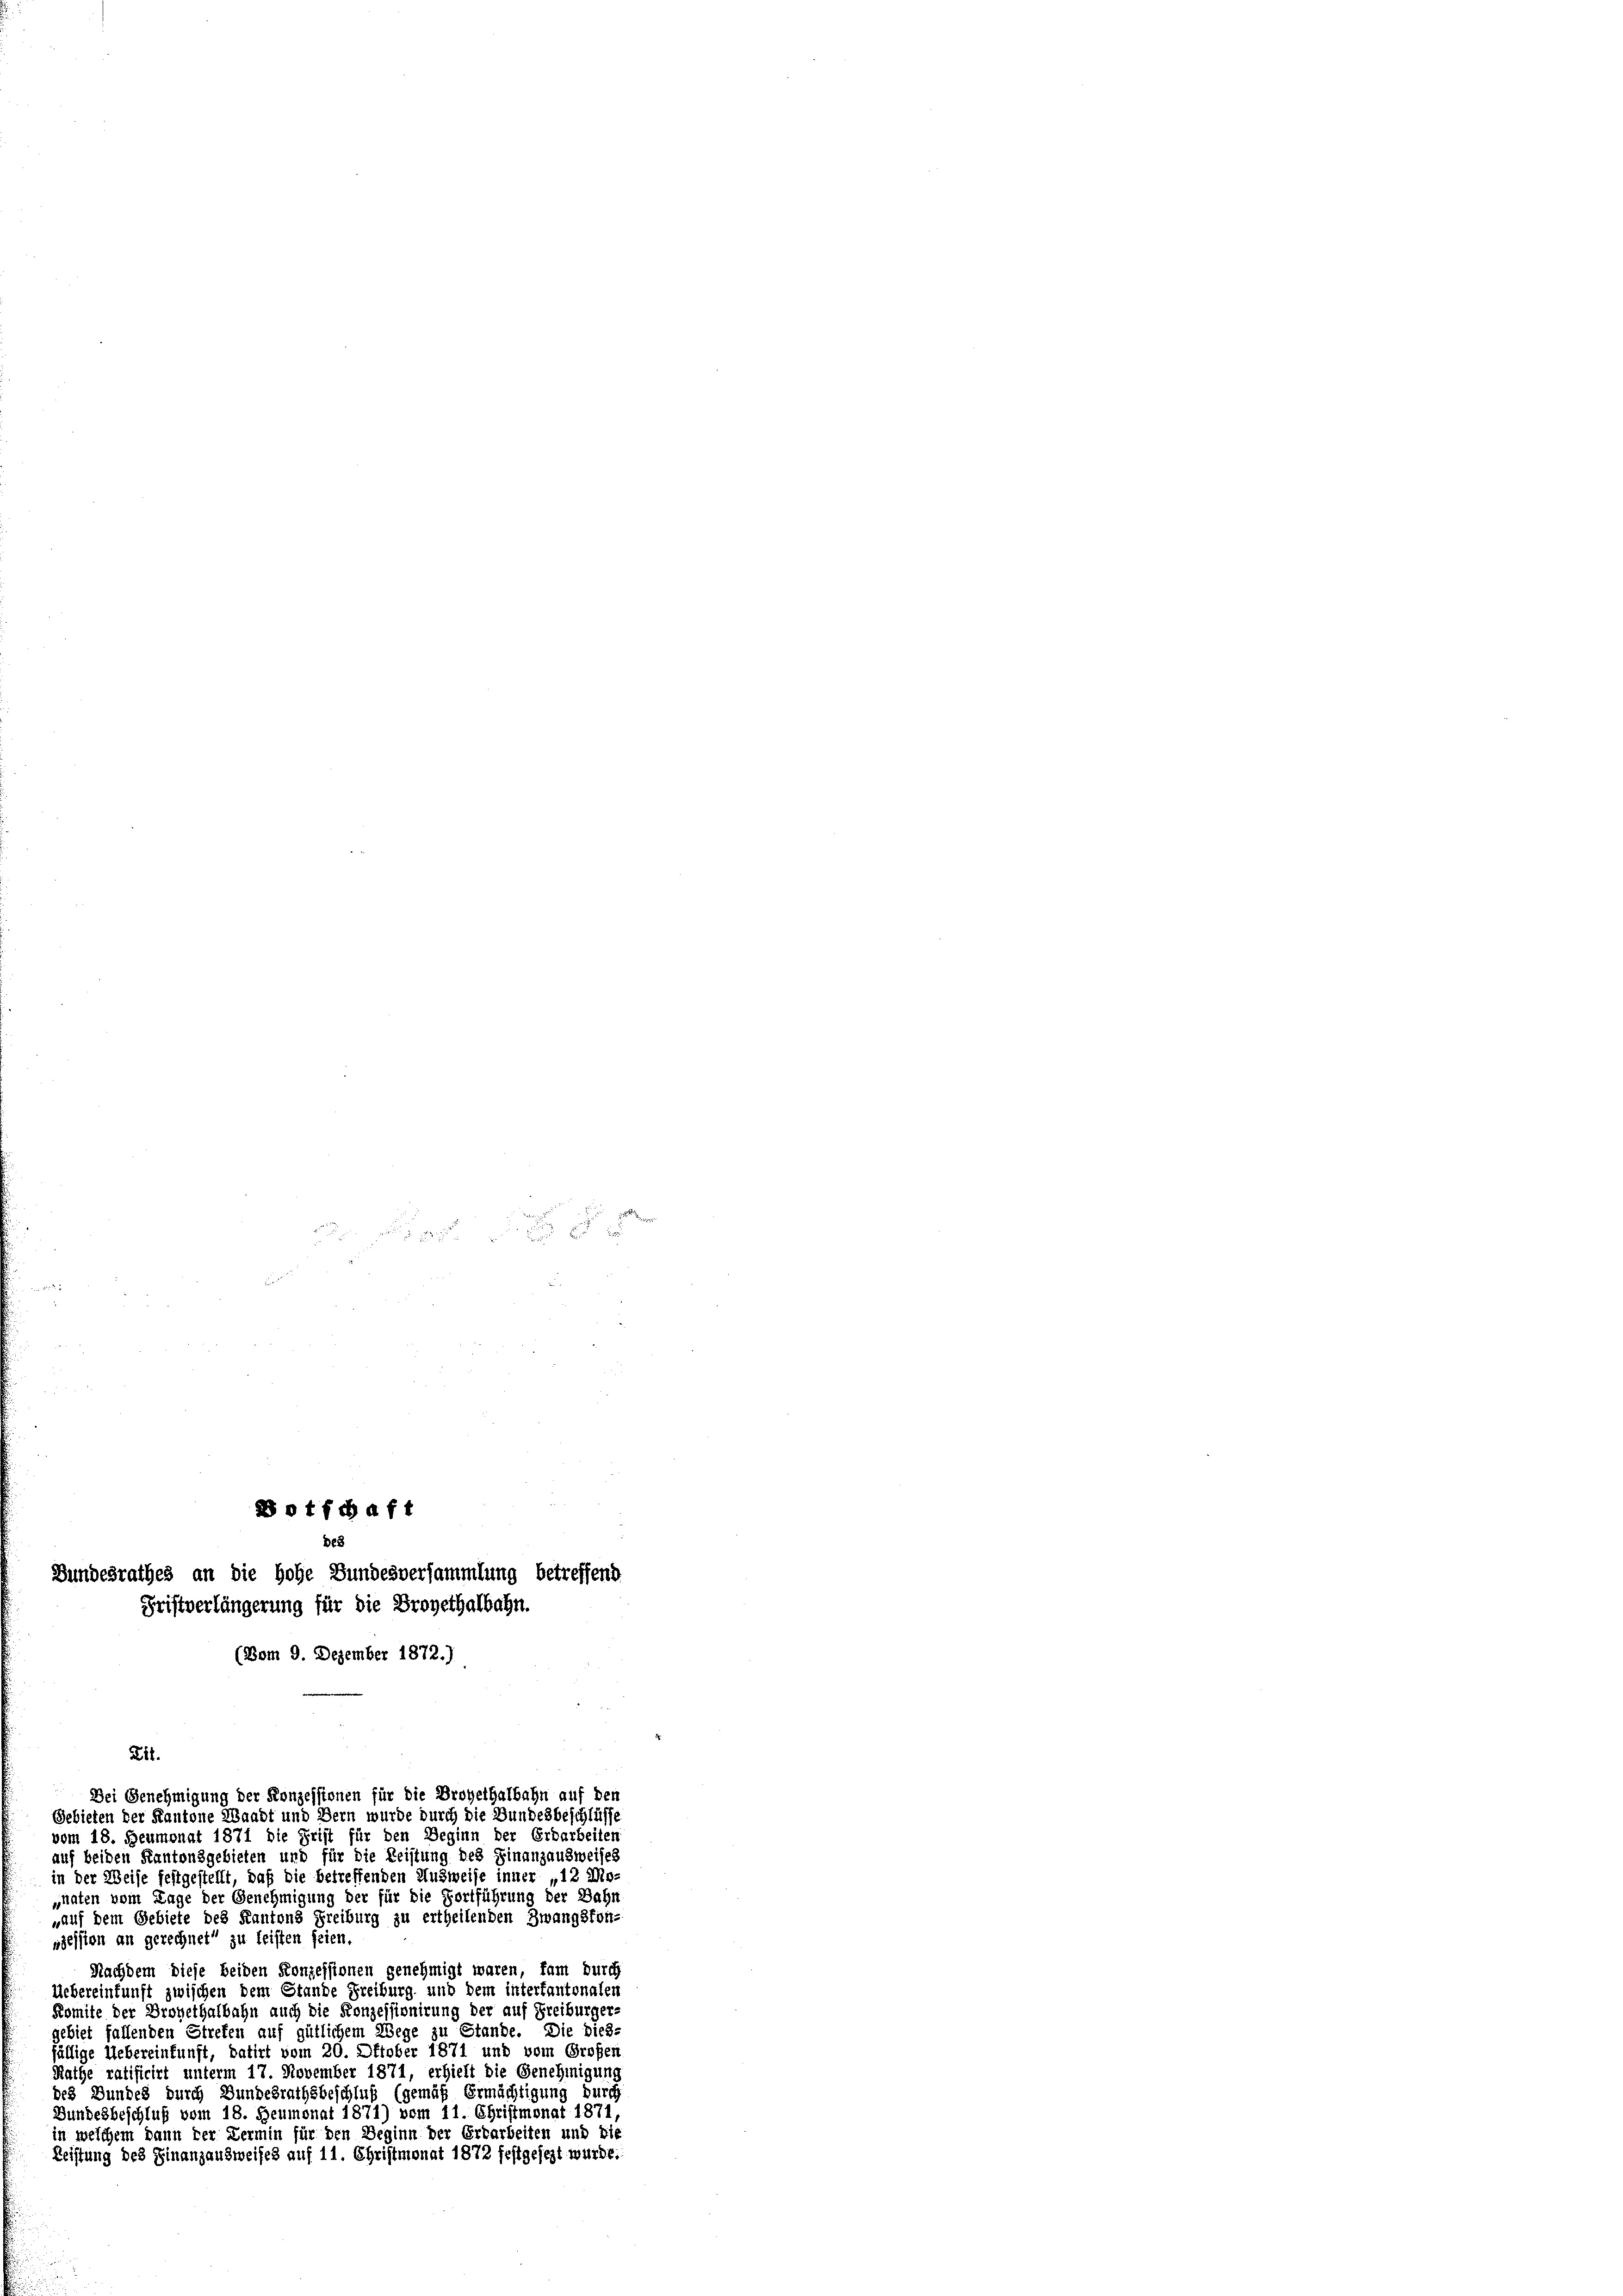
otfchaft
Fristverlängerung für die Brogethalbahn.
(Vom 9. Dezember 1872.)

De8
Bundesrathes an die Hohe Bundesversammlung betreffend

Zil.
auf beiden Kantonsgebieten und für die Leistung des Finanzausweises
in der Weise festgestellt, daß die betreffenden Ausweise inner „12 Mo-
gnaten vom Tage der Genehmigung der für die Fortführung der Bahn
„auf dem Gebiete des Kantons Freiburg zu ertheilenden Zwangsfon-
szession an gerechnet zu leisten seien.
Nachdem diese beiden Konzessionen genehmigt waren, fam durch
Uebereinkunft zwischen dem Stande Freiburg und dem intertantonalen
Komite der Drohethalbahn auch die Konzessionirung der auf Freiburger-
gebiet fallenden Streten auf gütlichem Wege zu Stande. Die dies-
fällige Uebereinkunft, datirt vom 20. Oktober 1871 und vom Großen
Rathe ratificirt unterm 17. November 1871, erhielt die Genehmigung
des Bundes durch Bundesrathsbeschluß (gemäß Ermächtigung durch
Gundesbeschluß vom 18. Heumonat 1871) vom 11. Christmonat 1871
in welchem dann der Lermin für den Beginn der Erbarbeiten und die
Leistung des Finanzausweises auf 11. Christmonat 1872 festgesezt wurde.

Bei Genehmigung der Konzessionen für die Droyethalbahn auf den
Gebieten der Kantone Waadt und Bern wurde durch die Bundesbeschlüsse
vom 18. Heumonat 1871 die Frist für den Deginn der Erdarbeiten